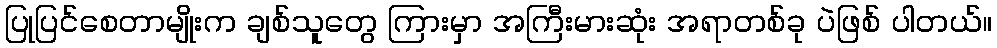
ပြုပြင်စေတာမျိုးက ချစ်သူတွေ ကြားမှာ အကြီးမားဆုံး အရာတစ်ခု ပဲဖြစ် ပါတယ်။